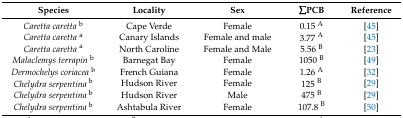
<table><thead><tr><td><b>Species</b></td><td><b>Locality</b></td><td><b>Sex</b></td><td><b>∑PCB</b></td><td><b>Reference</b></td></tr></thead><tbody><tr><td><i>Caretta caretta</i><sup>b</sup></td><td>Cape Verde</td><td>Female</td><td>0.15 <sup>A</sup></td><td>[45]</td></tr><tr><td><i>Caretta caretta</i><sup>a</sup></td><td>Canary Islands</td><td>Female and male</td><td>3.77 <sup>A</sup></td><td>[45]</td></tr><tr><td><i>Caretta caretta</i><sup>a</sup></td><td>North Caroline</td><td>Female and Male</td><td>5.56 <sup>B</sup></td><td>[23]</td></tr><tr><td><i>Malaclemys terrapin</i><sup>b</sup></td><td>Barnegat Bay</td><td>Female</td><td>1050 <sup>B</sup></td><td>[49]</td></tr><tr><td><i>Dermochelys coriacea</i><sup>b</sup></td><td>French Guiana</td><td>Female</td><td>1.26 <sup>A</sup></td><td>[32]</td></tr><tr><td><i>Chelydra serpentina</i><sup>b</sup></td><td>Hudson River</td><td>Female</td><td>125 <sup>B</sup></td><td>[29]</td></tr><tr><td><i>Chelydra serpentina</i><sup>b</sup></td><td>Hudson River</td><td>Male</td><td>475 <sup>B</sup></td><td>[29]</td></tr><tr><td><i>Chelydra serpentina</i><sup>b</sup></td><td>Ashtabula River</td><td>Female</td><td>107.8 <sup>B</sup></td><td>[50]</td></tr></tbody></table>